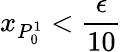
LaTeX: x_{P_{0}^{1}}<\frac{\epsilon}{10}